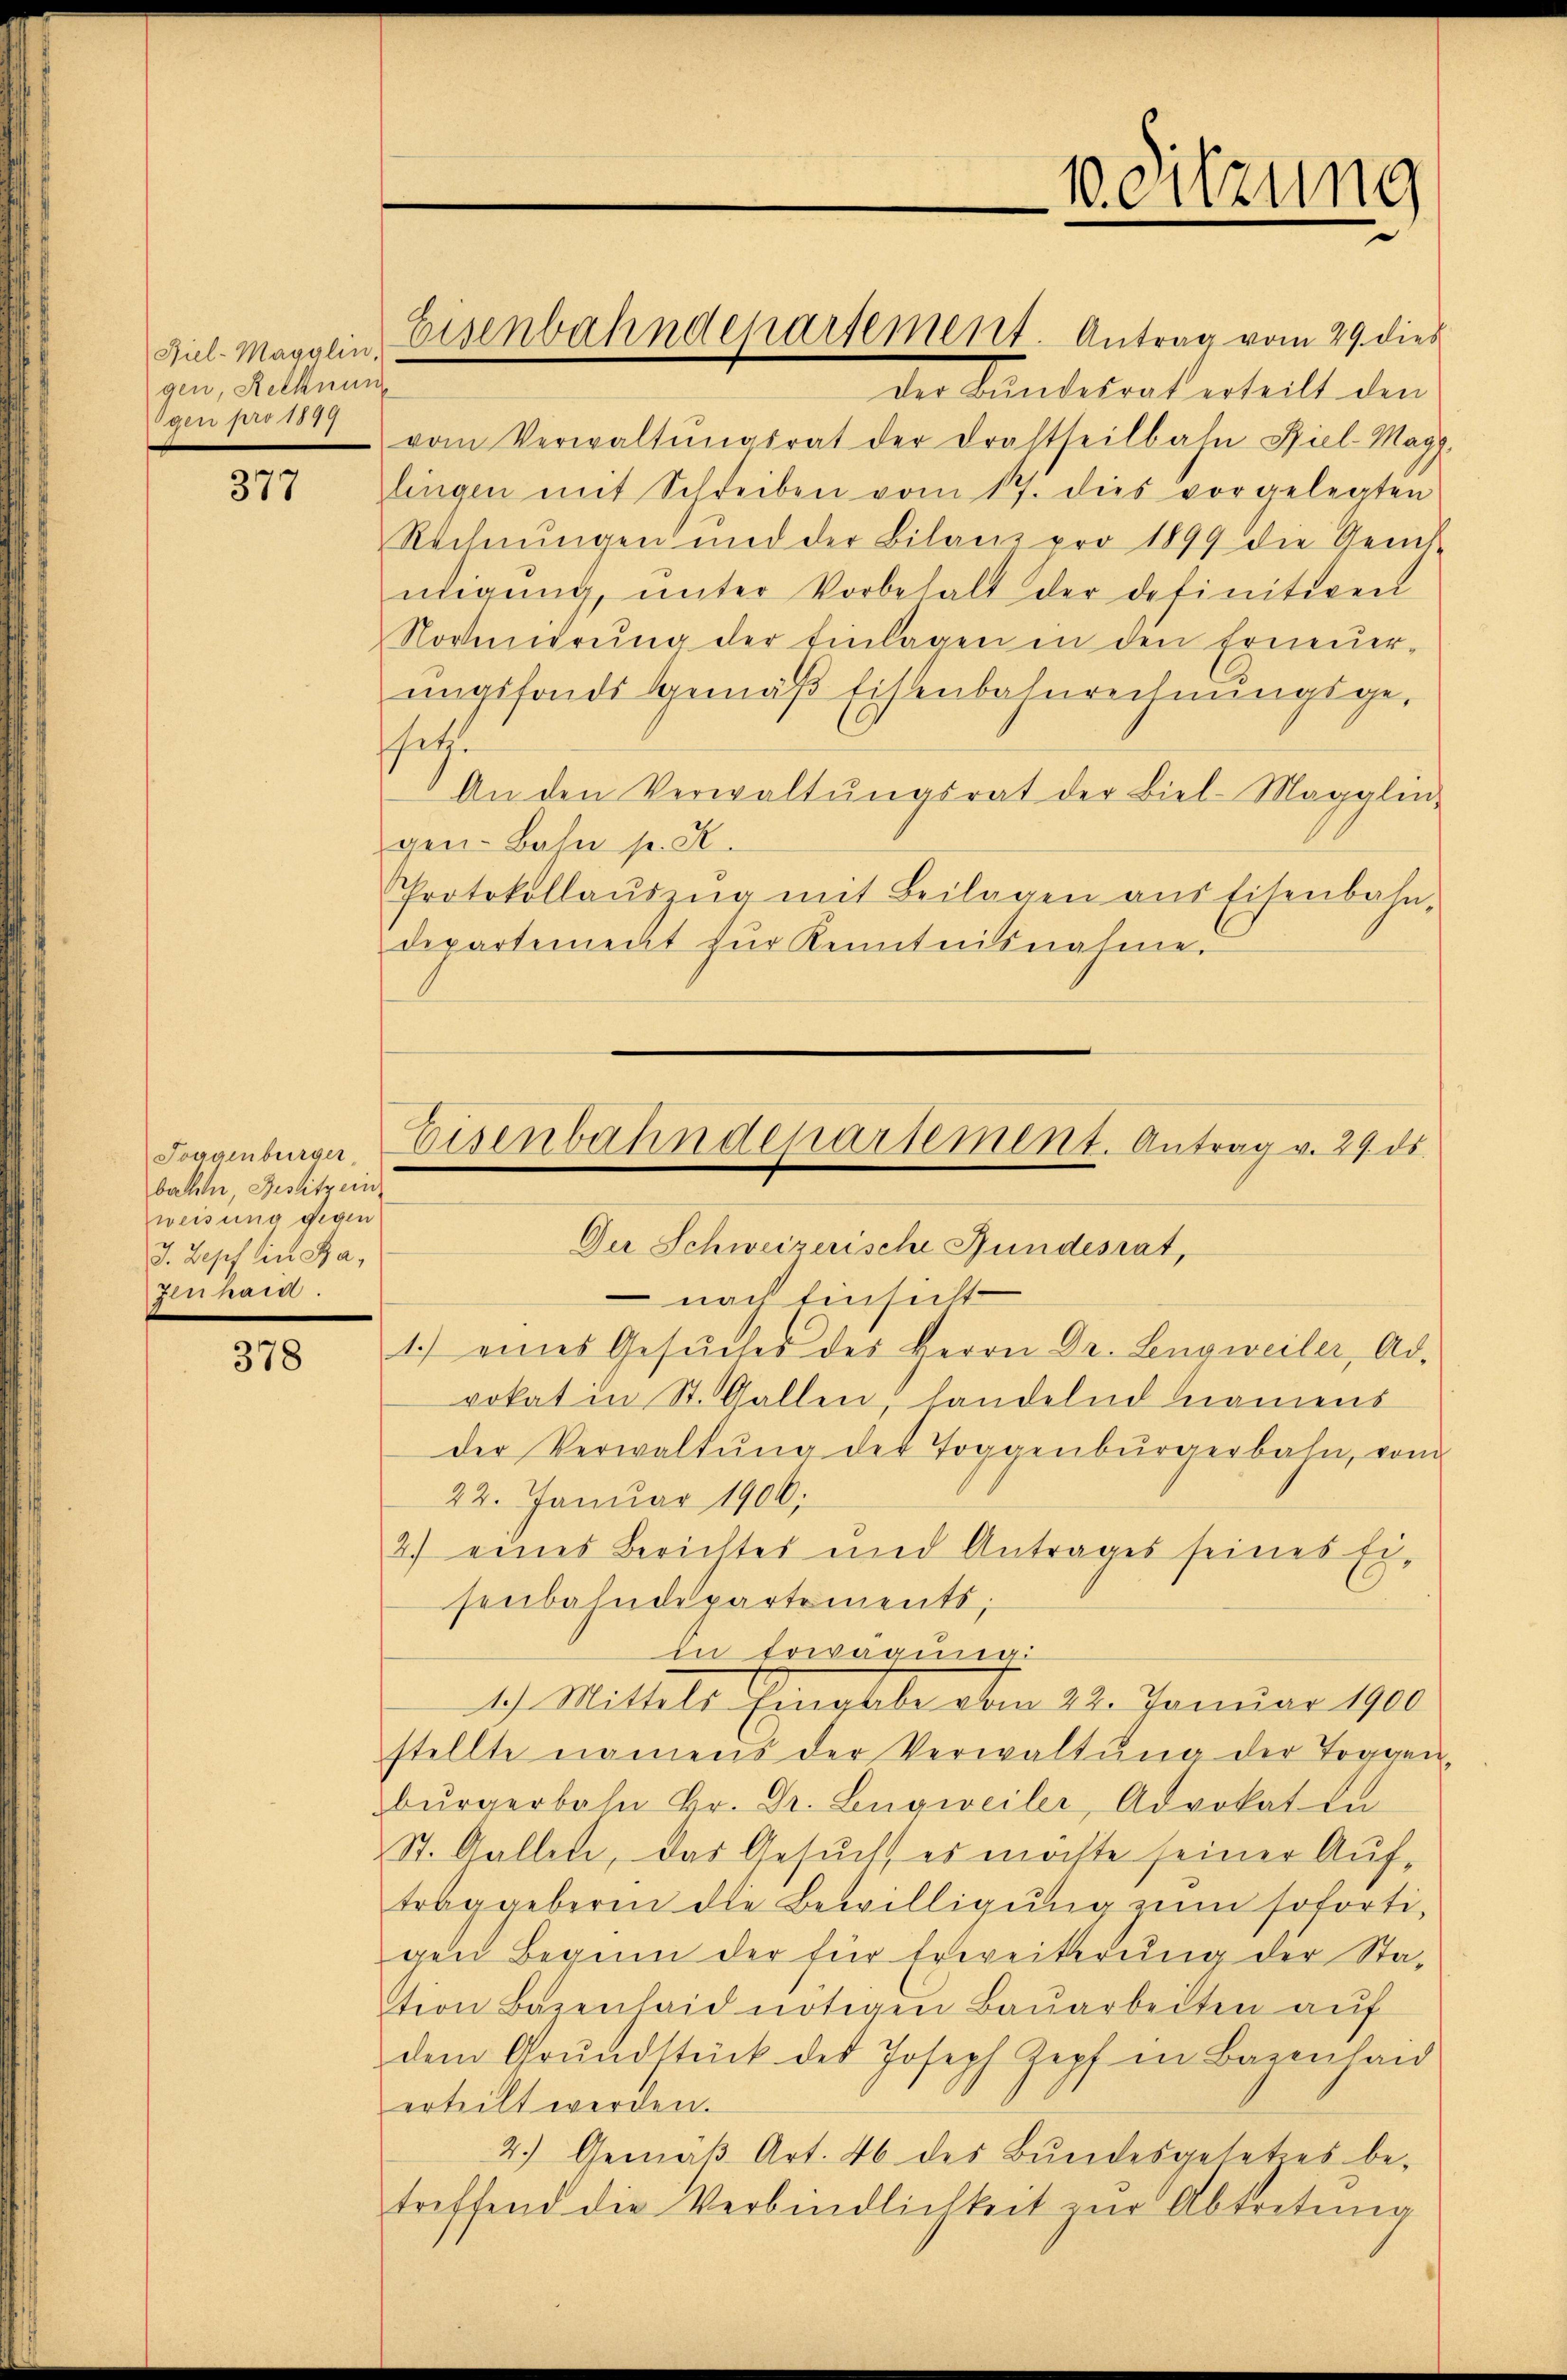
Fiel-Magglin,
gen, Rechnun
gen pro 1899

377

Joggenbürger
bathen, Besitzein
weisung gegen
J. Zopf in Ha
zenhard

378

der andesrat erteilt den
vom Verwaltŭngsrat der drastheilbahn Spiel-Mag.
zlingen mit Schreiben vom 17. dies vorgelegten
Rechnŭngen und der Bilanz pro 1899 die Gerich-
nligung, unter Vorbehalt der definitiven
Normierŭng der Einlagen in den Erneuerungsfonds gemäß Eisenbahnrechnungsgeschatte
An den Verwaltŭngsrat der Biel-Magglin-
gen-Bahn p. K.
Protokollaŭszŭg mit Beilagen ans Eisenbahn,
departement für Kenntnisnahme.

Eisenbahnderartement. Antrag vom 29. dies

1.) eines Gesŭches des Herrn Dr. Lengweiler, Ad-
vokat in St. Gallen, handelnd namens
der Verwaltŭng der Toggenbürgerbahn, vom
22. Januar 1906,
2.) eines Berichtes und Antrages seines Ei-
senbahndepartements;
in Erwägung
1.) Mittels Eingabe vom 22. Januar 1900
stellte namens der Verwaltŭng der Toggen,
bürgerbahn Hr. Dr. Lengweiler, Advokat in
St. Gallen, das Gesuch, es möchte seiner Auftraggeberin die Bewilligŭng zŭm sofortigen Beginn der für Erweiterung der Sta-
teon Bazenhaid nötigen Baŭarbeiten auf
dem Grŭndstück des Joseph Zopf in Bazenhaid
erteilt werden.
2.) Gemäβ Art. 46 des Bŭndesgesetzes be-
treffend die Verbindlichkeit zŭr Abtretung

10. Sitzung

Eisenbahndepartement. Antrag v. 29. ds.
Der Schweizerische Gundesrat,
nach Einsicht